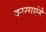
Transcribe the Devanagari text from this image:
दरसाएंगे